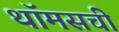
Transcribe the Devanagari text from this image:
थॉमसची